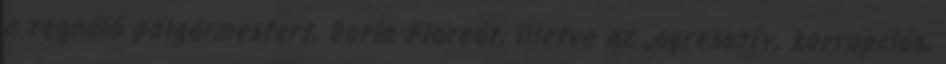
a regnáló polgármestert, Dorin Floreát, illetve az „agresszív, korrupciós,